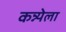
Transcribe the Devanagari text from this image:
कन्न्येला